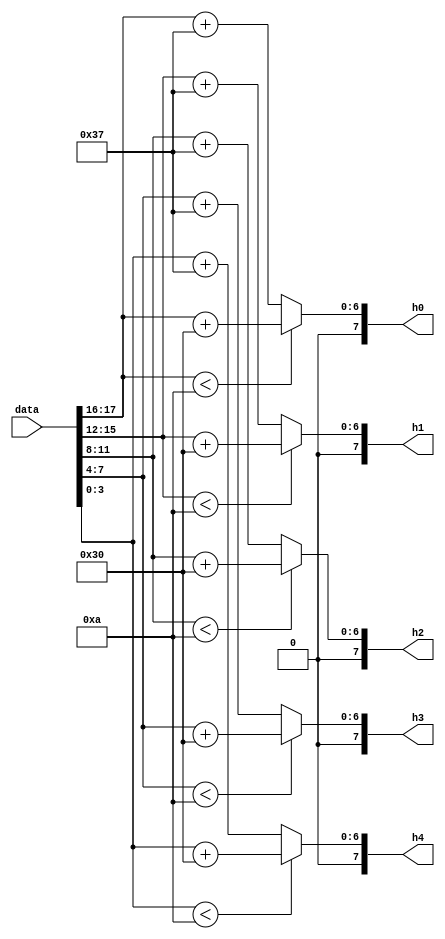
`timescale 1ns / 1ps
//////////////////////////////////////////////////////////////////////////////////
// Company: 
// Engineer: 
// 
// Design Name: 
// Module Name:    convert 
// Project Name: 
// Target Devices: 
// Tool versions: 
// Description: 
//
// Dependencies: 
//
// Revision: 
// Revision 0.01 - File Created
// Additional Comments: 
//
//////////////////////////////////////////////////////////////////////////////////
module convert(input [17:0]data,output [7:0]h0,output [7:0]h1,output [7:0]h2,output [7:0]h3,output [7:0]h4);
reg [7:0]o0;
reg [7:0]o1;
reg [7:0]o2;
reg [7:0]o3;
reg [7:0]o4;

assign h0=o0;
assign h1=o1;
assign h2=o2;
assign h3=o3;
assign h4=o4;

always @(*)begin
  if(data[17:16] < 10) 
    o0 <= data[17:16]+8'd48;
  else o0 <= data[17:16]+8'd55;
  
  if(data[15:12] < 10) 
    o1 <= data[15:12]+8'd48;
  else o1 <= data[15:12]+8'd55;
  
  if(data[11:8] < 10) 
    o2 <= data[11:8]+8'd48;
  else o2 <= data[11:8]+8'd55;
  
  if(data[7:4] < 10) 
    o3 <= data[7:4]+8'd48;
  else o3 <= data[7:4]+8'd55;
  
  if(data[3:0] < 10) 
    o4 <= data[3:0]+8'd48;
  else o4 <= data[3:0]+8'd55;
end
endmodule